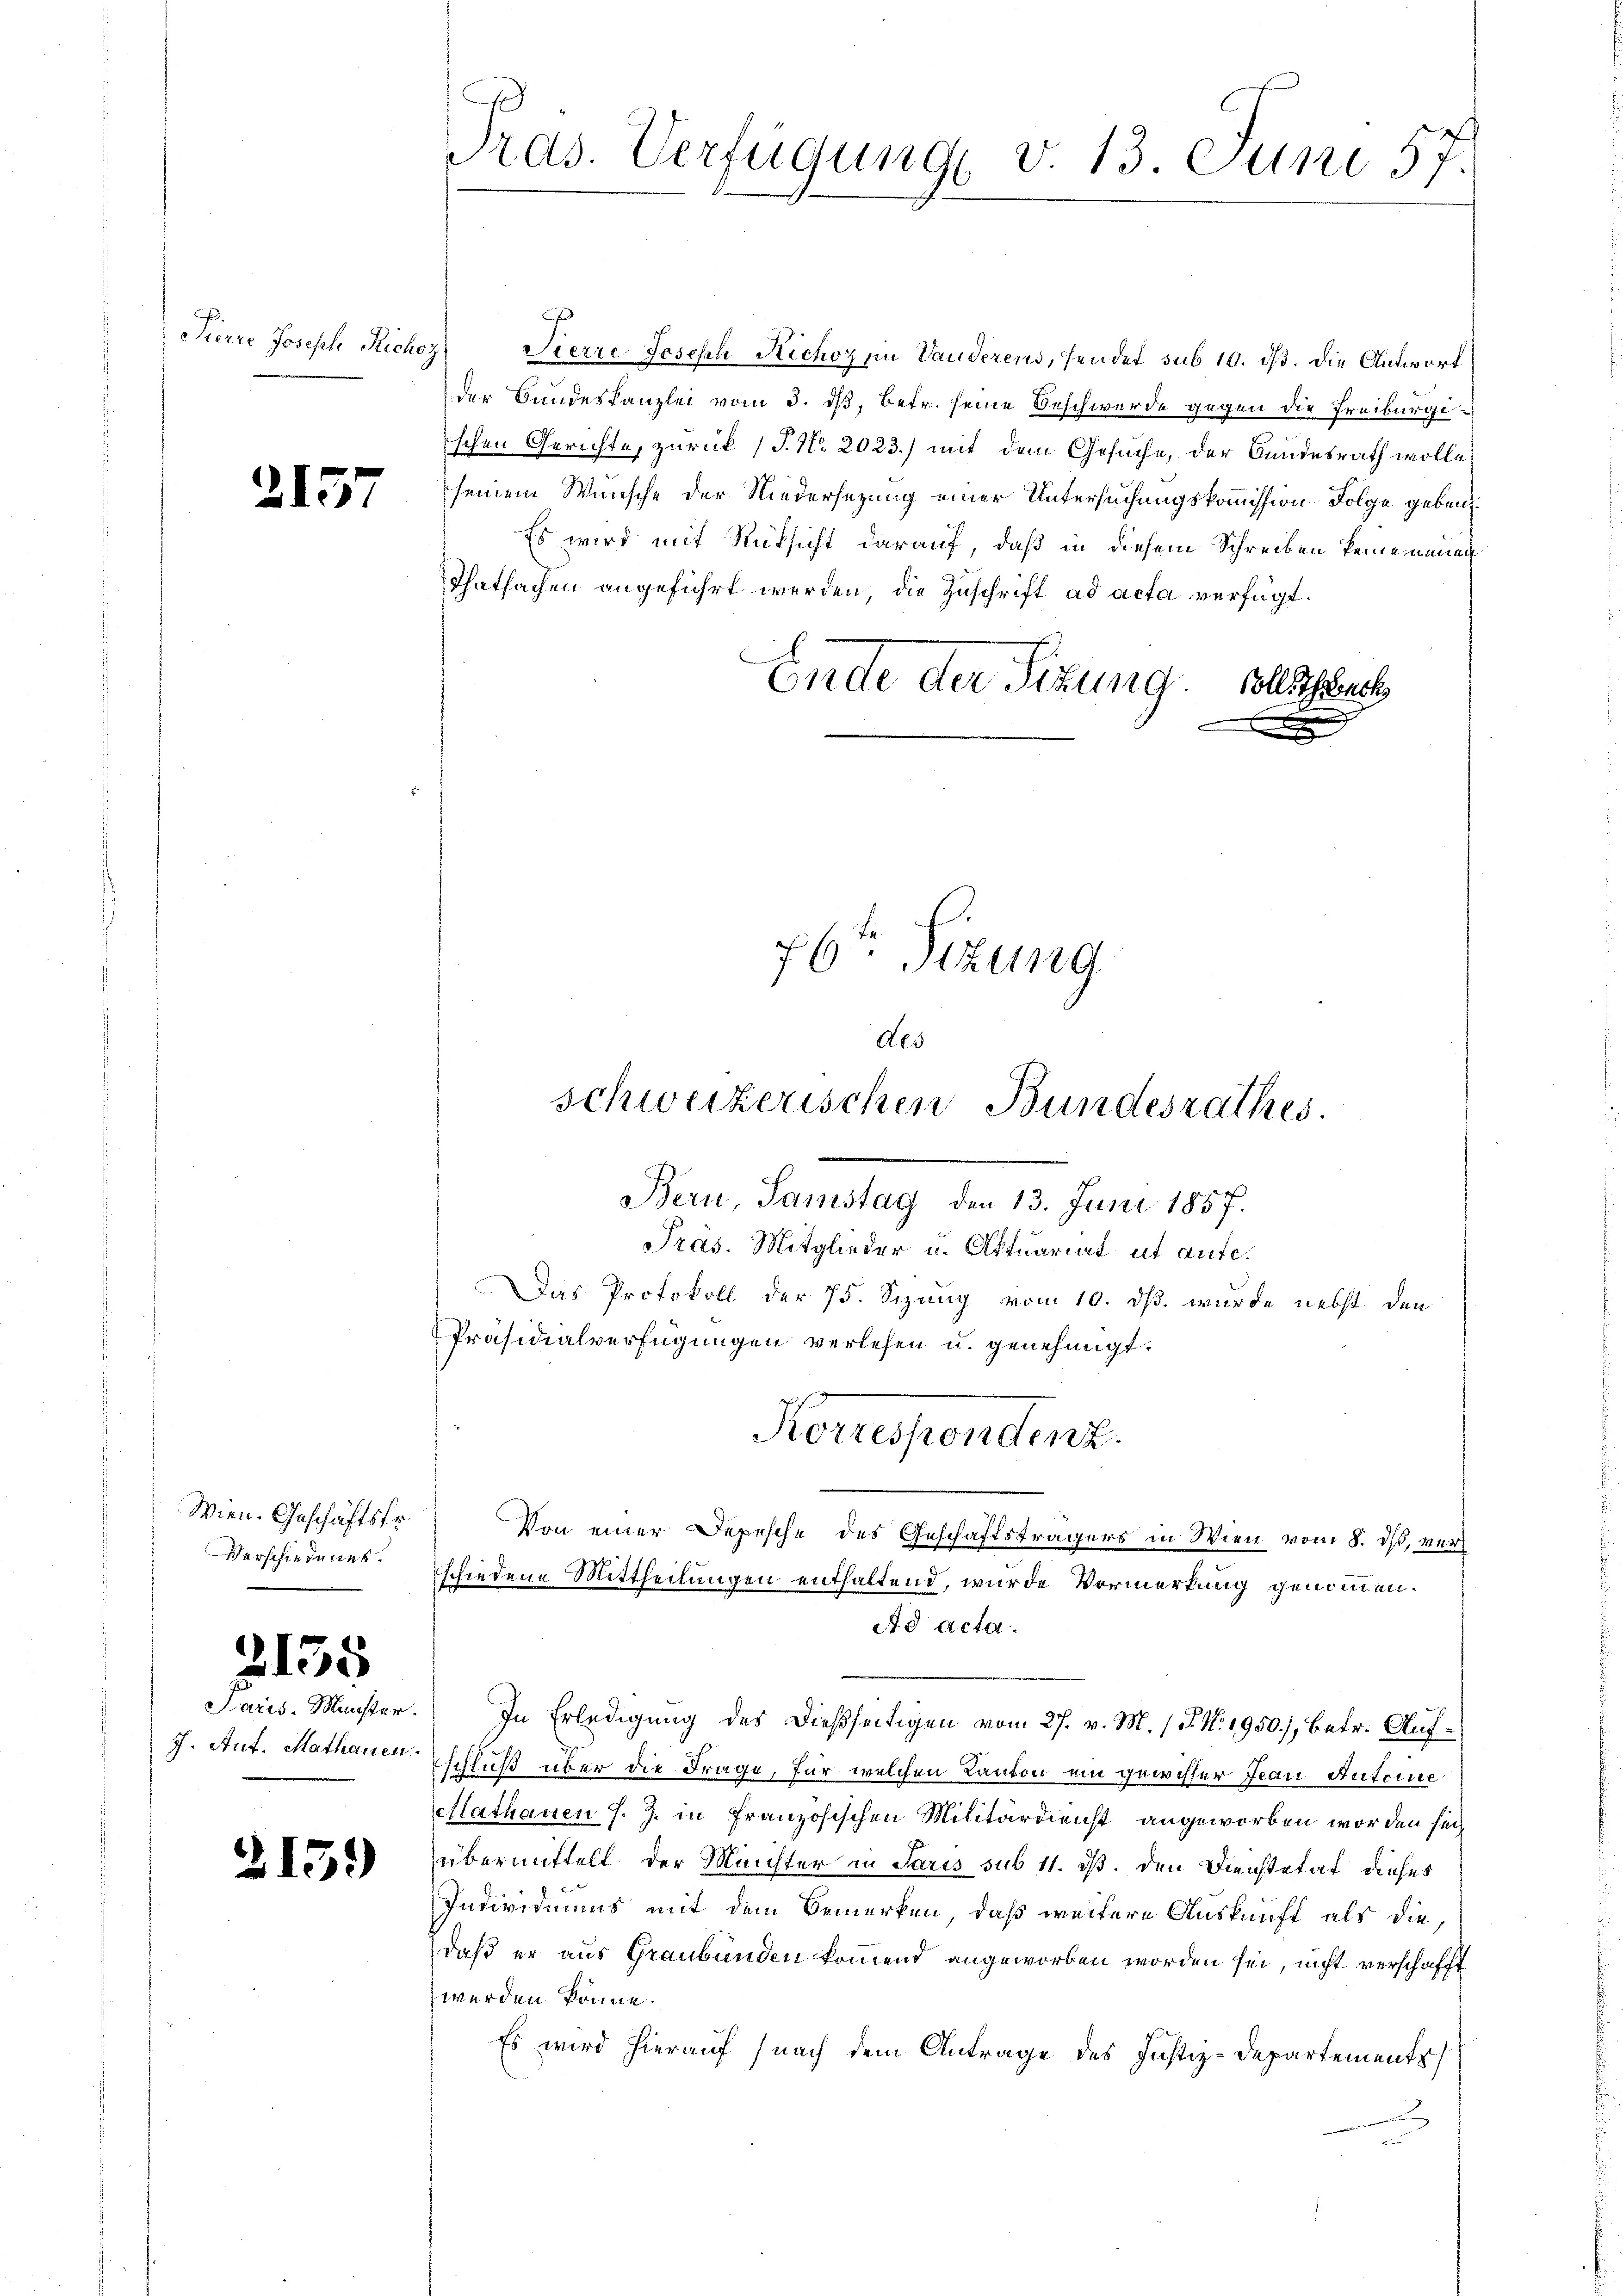
Pierre Joseph Richoz

215

Wien. Geschäftsfr.
Verschiedenes.

2135

215.

Sierre Jeschl Richoz in Vauderens, sendet sub 10. ds. Die Antwort
der Bundeskanzlei vom 3. dβ, betr. seine Beschwerde gegen die Freiburgischen Gerichte, zurück (T. No 2023.) mit dem Gesuche, der Bundesrath wolle?
seinem Wunsche der Niedersezung einer Untersuchungskommission Folge geben.
Es wird mit Rüksicht darauf, daß in diesem Schreiben keine neuen
Thatsachen angeführt werden, die Zuschrift ad acta verfügt:
Ende der Sitzung. Solls such
Pras. Mitglieder u. Aktuariat ut aufe.
Das Protokoll der 75. Sizung vom 10. ds. wurde nebst den
Präsidialverfügungen verlesen u. genehmigt.
Korrespendenz.
Von einer Depesche des Geschäftsträgers in Wien vom 8. ds, verschiedene Mittheilungen enthaltend, wurde Vermerkung genommen.
Ad acta.
Saris Münster. In Erledigung des dießseitigen vom 27. v. M. / P. Nr. 1950), betr. Auf¬
J. Ant. Mathanen schluß über die Frage, für welchen Kanton ein gewisser Jean Antoine
lathanen J. J. in Französischen Militärdienst angeworben worden seiübermittelt der Münchter in Paris sub 11. ds. den Dienstetat dieses
Individuums mit dem Bemerken, daß weitere Auskunft als die,
daß er aus Graubünden kommend angeworben worden sei, nicht verschafft
werden könne.
Es wird hierauf (nach dem Antrage des Justiz-Departements

Prds. Verfügung v. 13. Juni 57.

76te Sitzung
Aes
schweizerischen Bundesrathes.
Bern, Samstag den 13. Juni 1857.